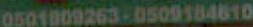
0501809263-0509184610